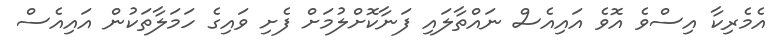
އެމެރިކާ އިސްވެ އޮވެ އައިއެސް ނައްތާލައި ފަނާކޮށްލުމަށް ފެށި ވައިގެ ހަމަލާތަކުން އައިއެސް